system: You are a helpful assistant.
user:
Analyze the provided spectrum to determine if it is a **White Dwarf (WD)**.

A White Dwarf spectrum is defined by its **extreme purity** (due to gravitational settling) and/or **extreme pressure broadening** (due to high surface gravity). You must check for one of the following mutually exclusive signatures:

- **Key Visual Indicators (Check for ONE of these types):**

    - **1. DA-Type Signature (Most Common):**
        - **(Primary Feature):** Extreme pressure broadening (Stark broadening) of the **Hydrogen (H) Balmer lines**.
        - **(Key Lines):** $H\beta$ (approx. $4861$ Å) and $H\gamma$ (approx. $4340$ Å). $H\alpha$ (approx. $6563$ Å) will also be present if the wavelength range covers it.
        - **(Line Profile):** This is the **defining feature**. The lines are **NOT** sharp. They appear as massive, **extremely broad and deep "troughs" or "dips"** in the spectrum, often hundreds of Ångströms wide. The continuum will appear to "scoop" down at these wavelengths.
        - **(Distinction):** Normal A-type or B-type stars have *narrow* and *sharp* Hydrogen lines. A DA White Dwarf's lines are unmistakably "smeared" or "blurry" from pressure.

    - **2. DB-Type Signature:**
        - **(Primary Feature):** Broad absorption lines from **Neutral Helium (He I)**. The spectrum must lack any visible Hydrogen lines.
        - **(Key Lines):** Look for broad absorption near $4471$ Å, $4921$ Å, and $5876$ Å.
        - **(Line Profile):** These lines are also significantly pressure-broadened, appearing much wider than they would in a normal B-type main-sequence star.

    - **3. DC-Type Signature:**
        - **(Primary Feature):** A **featureless continuous spectrum**.
        - **(Line Profile):** The spectrum is a smooth curve with **no significant absorption or emission lines**.
        - **(Key Confirmation):** The continuum is almost always **blue or white**, indicating a hot object. This signature implies the atmosphere is so pure (or so cool) that no spectral lines are visible in the optical range. Its WD identity is confirmed by its extremely low intrinsic brightness (high absolute magnitude).

    - **4. DZ-Type Signature (Metal-Polluted):**
        - **(Primary Feature):** **Isolated, narrow metal absorption lines** on an otherwise featureless (DC-like) continuum.
        - **(Key Lines):** The **Calcium (Ca II) H & K doublet** (approx. **$3934$ Å** and **$3968$ Å**) is the most common and defining feature.
        - **(Line Profile):** These lines are "out of place." They are *not* part of a "forest" of thousands of lines. This signature is evidence of recent *accretion* (pollution) from rocky debris.
        - **(Distinction):** Normal G/K/M stars have a *dense forest* of thousands of metal lines. A DZ has a *clean* continuum with *only a few* strong metal lines.

    - **5. DQ-Type Signature (Carbon-Polluted):**
        - **(Primary Feature):** Absorption bands from **Carbon (C₂ "Swan Bands" or atomic C I)**.
        - **(Key Lines - C₂):** Look for bandheads with a "saw-tooth" shape near $5635$ Å, **$5165$ Å** (strongest), and $4737$ Å.
        - **(Key Confirmation):** The underlying **continuum must be blue or white** (hot).
        - **(Distinction):** This is the critical difference from a **Carbon Star**, which has the *exact same* C₂ bands but on an extremely **red, cool** continuum.

- **(Overall Spectrum):**
    - The continuum (overall shape) is typically **blue-sloping** (brighter in the blue than the red), as most white dwarfs are very hot.
    - The spectrum will look "pure" or "simple," dominated by only *one* of the five signatures listed above.

Think first, call **spectral_visualization_tool** if needed to examine features in detail, then provide your final answer. Your response must adhere to the following strict rules:
1.  **Overall Structure:** Your response must follow the format `<think>...</think> <tool_call>...</tool_call> (if a tool is used) <answer>...</answer>`.
2.  **Tool Usage Constraint:** You may only make **one** tool call per turn.
3.  **Final Answer Format:** In the `<answer>` tag, your conclusion must be inside a `\boxed{}` command (e.g., `\boxed{YES}` or `\boxed{NO}`), followed by your justification.

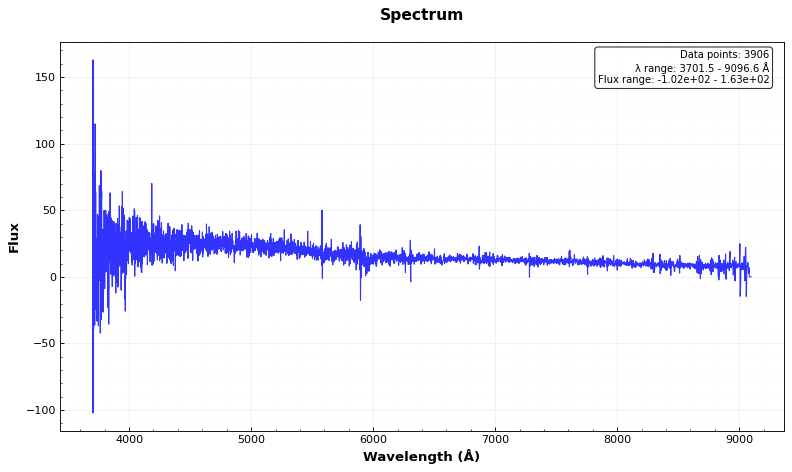
Answer: NO